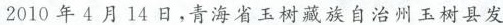
2010年4月14日，青海省玉树藏族自治州玉树县发